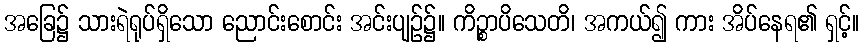
အခြေ၌ သားရဲရုပ်ရှိသော ညောင်းစောင်း အင်းပျဉ်၌။ ကိဉ္စာပိသေတိ၊ အကယ်၍ ကား အိပ်နေရ၏ ရှင့်။